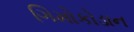
ગિમોકોડાન